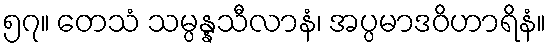
၅၇။ တေသံ သမ္ပန္နသီလာနံ၊ အပ္ပမာဒဝိဟာရိနံ။